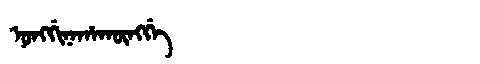
Manchu: ᠨᠣᠩᡤᡳᠨᠠᡥᠠᡴᡡᠩᡤᡝ
Romanization: NONGGINAHAKŪNGGE